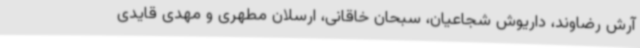
آرش رضاوند، داریوش شجاعیان، سبحان خاقانی، ارسلان مطهری و مهدی قایدی